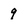
Character: 9